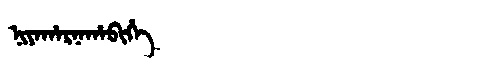
Manchu: ᠨᡳᠶᠠᡥᠠᡵᠨᠠᡥᠠᠪᡳᡥᡝ
Romanization: NIYAHARNAHABIHE